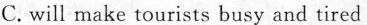
C. will make tourists busy and tired